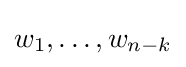
w_{1},\ldots ,w_{n-k}